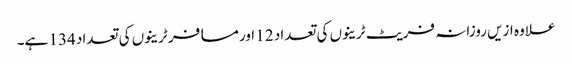
علاوہ ازیں روزانہ فریٹ ٹرینوں کی تعداد 12 اور مسافر ٹرینوں کی تعداد 134 ہے۔